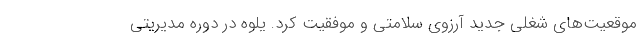
موقعیت‌های شغلی جدید آرزوی سلامتی و موفقیت کرد. یلوه در دوره مدیریتی